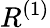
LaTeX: R^{(1)}